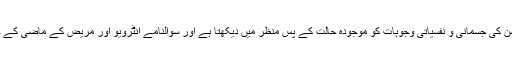
جب ڈاکٹر کے پاس جایا جاتا ہے تو وہ ڈپریشن کی جسمانی و نفسیاتی وجوہات کو موجودہ حالت کے پس منظر میں دیکھتا ہے اور سوالنامے انٹرویو اور مریض کے ماضی کے حالات واقعات سے رہنمائی حاصل کرتا ہے۔